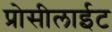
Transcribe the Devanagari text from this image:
प्रोसीलाईट